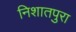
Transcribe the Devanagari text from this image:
निशातपुरा